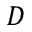
{ \cal D }